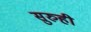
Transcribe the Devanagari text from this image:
सुरुही